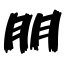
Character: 朋